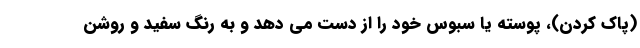
(پاک کردن)، پوسته یا سبوس خود را از دست می دهد و به رنگ سفید و روشن